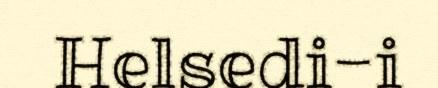
Helsedi-i